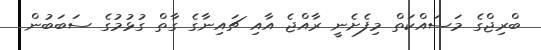
ބްރިޖްގެ މަސައްކަތް މިފެށެނީ ރާއްޖެ އާއި ޗައިނާގެ ގާތް ގުޅުމުގެ ސަބަބުން